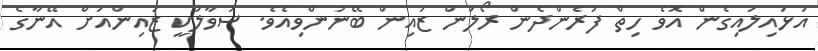
އަޅައިލައިގެން އޮވެ ހިތް ފުރެންދެން ރޯލަން ޒައިން ބޭނުންވިއެވެ. ސުވާލަކީ ޒައިންއަށް އޭނާގެ